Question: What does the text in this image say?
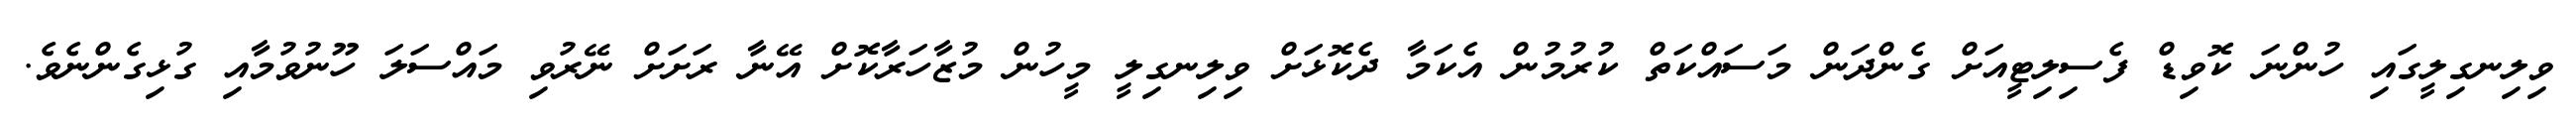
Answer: ވިލިނގިލީގައި ހުންނަ ކޮވިޑް ފެސިލިޓީއަށް ގެންދަން މަސައްކަތް ކުރުމުން އެކަމާ ދެކޮޅަށް ވިލިނގިލީ މީހުން މުޒާހަރާކޮށް އޭނާ ރަށަށް ނޭރުވި މައްސަލަ ހޫނުވުމާއި ގުޅިގެންނެވެ.